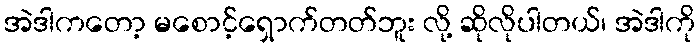
အဲဒါကတော့ မစောင့်ရှောက်တတ်ဘူး လို့ ဆိုလိုပါတယ်၊ အဲဒါကို